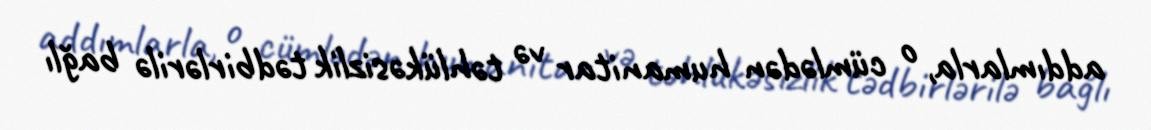
addımlarla, o cümlədən humanitar və təhlükəsizlik tədbirlərilə bağlı